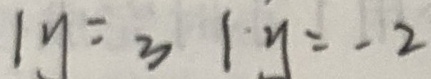
\vert y = 3 \vert y = - 2